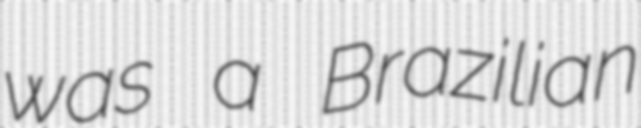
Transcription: was a Brazilian